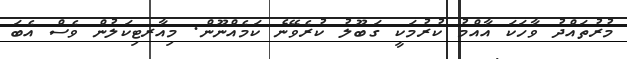
މުރުތައްދު ވާހަކަ އާއްމު ކުރުމަކީ ގަބޫލު ކުރެވޭނެ ކަމެއްނޫން. މިއާރޓިކަލުން ވެސް އެބަ